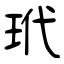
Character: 玳